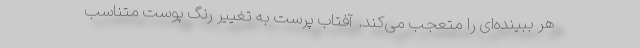
هر ببینده‌ای را متعجب می‌کند. آفتاب پرست به تغییر رنگ پوست متناسب